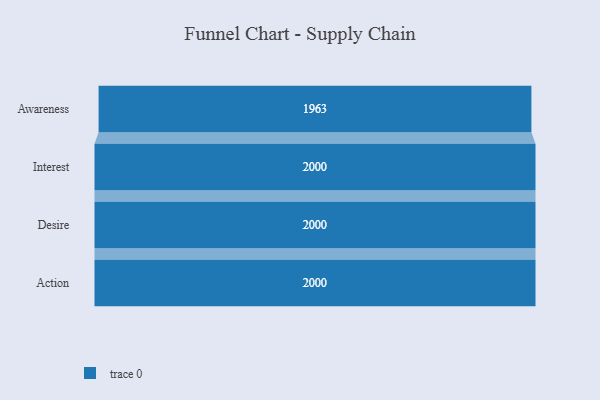
{"axis": {"x": "Stage", "y": "Value"}, "legend": [""], "data": [{"x": "Awareness", "y": 1963.0, "type": ""}, {"x": "Interest", "y": 2000, "type": ""}, {"x": "Desire", "y": 2000, "type": ""}, {"x": "Action", "y": 2000, "type": ""}]}